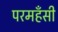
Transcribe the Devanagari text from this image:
परमहँसी